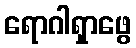
ရောဂါရှာဖွေ